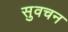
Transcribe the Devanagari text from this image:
सुवचन